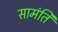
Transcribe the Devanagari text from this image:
सामंति